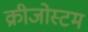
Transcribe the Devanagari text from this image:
क्रीजोस्टम